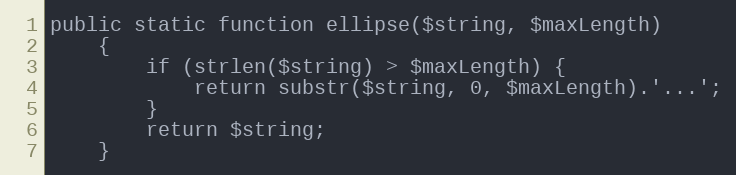
Language: PHP
public static function ellipse($string, $maxLength)
    {
        if (strlen($string) > $maxLength) {
            return substr($string, 0, $maxLength).'...';
        }
        return $string;
    }